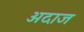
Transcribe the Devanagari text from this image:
अदाज